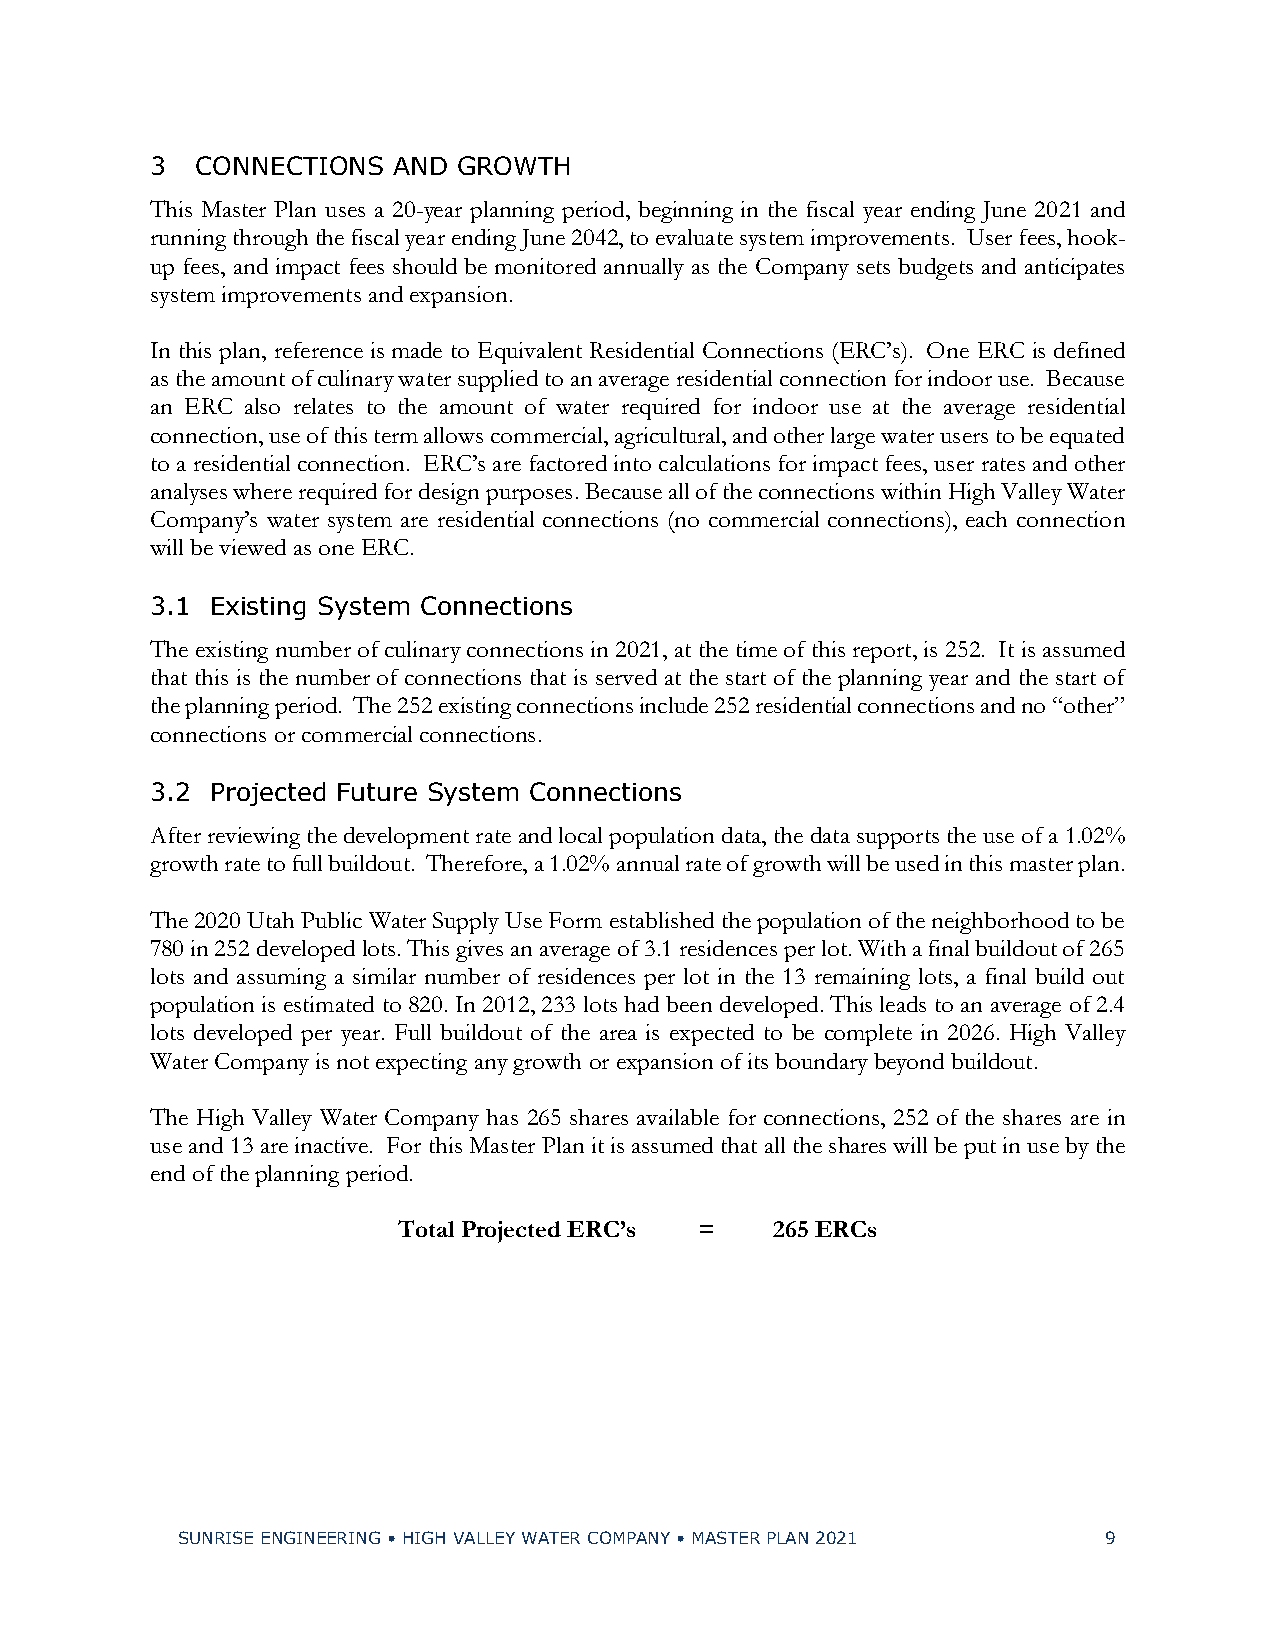
3  CONNECTIONS  AND GROWTH
 This Master Plan uses a 20-year planning period, beginning in the fiscal year ending June 2021 and
 running through the fiscal year ending June 2042, to evaluate system improvements. User fees, hook-
 up fees, and impact fees should be monitored annually as the Company sets budgets and anticipates
 system improvements and expansion.
 In this plan, reference is made to Equivalent Residential Connections (ERC’s). One ERC is defined
 as the amount of culinary water supplied to an average residential connection for indoor use. Because
 an ERC also relates to the amount of water required for indoor use at the average residential
 connection, use of this term allows commercial, agricultural, and other large water users to be equated
 to a residential connection. ERC’s are factored into calculations for impact fees, user rates and other
 analyses where required for design purposes. Because all of the connections within High Valley Water
 Company’s water system are residential connections (no commercial connections), each connection
 will be viewed as one ERC.
 3.1 Existing System Connections
 The existing number of culinary connections in 2021, at the time of this report, is 252. It is assumed
 that this is the number of connections that is served at the start of the planning year and the start of
 the planning period. The 252 existing connections include 252 residential connections and no “other”
 connections or commercial connections.
 3.2 Projected Future System Connections
 After reviewing the development rate and local population data, the data supports the use of a 1.02%
 growth rate to full buildout. Therefore, a 1.02% annual rate of growth will be used in this master plan.
 The 2020 Utah Public Water Supply Use Form established the population of the neighborhood to be
 780 in 252 developed lots. This gives an average of 3.1 residences per lot. With a final buildout of 265
 lots and assuming a similar number of residences per lot in the 13 remaining lots, a final build out
 population is estimated to 820. In 2012, 233 lots had been developed. This leads to an average of 2.4
 lots developed per year. Full buildout of the area is expected to be complete in 2026. High Valley
 Water Company is not expecting any growth or expansion of its boundary beyond buildout.
 The High Valley Water Company has 265 shares available for connections, 252 of the shares are in
 use and 13 are inactive. For this Master Plan it is assumed that all the shares will be put in use by the
 end of the planning period.
 Total Projected ERC’s =  265 ERCs
 SUNRISE ENGINEERING • HIGH VALLEY WATER COMPANY • MASTER PLAN 2021 9